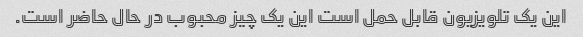
این یک تلویزیون قابل حمل است این یک چیز محبوب در حال حاضر است.